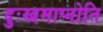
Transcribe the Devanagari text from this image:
दुःखमाप्नोति